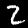
Digit: 2